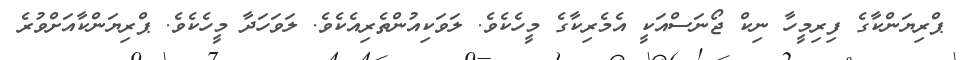
ޕްރިޔަންކާގެ ފިރިމީހާ ނިކް ޖޯނަސްއަކީ އެމެރިކާގެ މީހެކެވެ. ލަވަކިއުންތެރިއެކެވެ. ލަވަހަދާ މީހެކެވެ. ޕްރިޔަންކާއަށްވުރެ